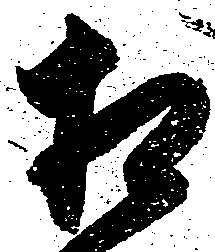
相